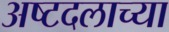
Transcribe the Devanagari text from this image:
अष्टदलाच्या